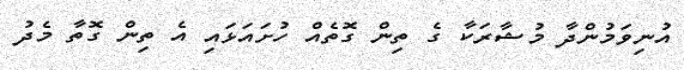
އުނިވަމުންދާ މުޝާރަކާ ގެ ތިން ގޮތެއް ހުށައަޅައި އެ ތިން ގޮތާ މެދު